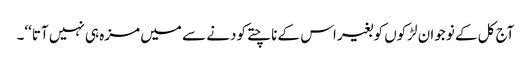
آج کل کے نوجوان لڑکوں کو بغیر اس کے ناچتے کودنے سے میں مزہ ہی نہیں آتا‘‘۔